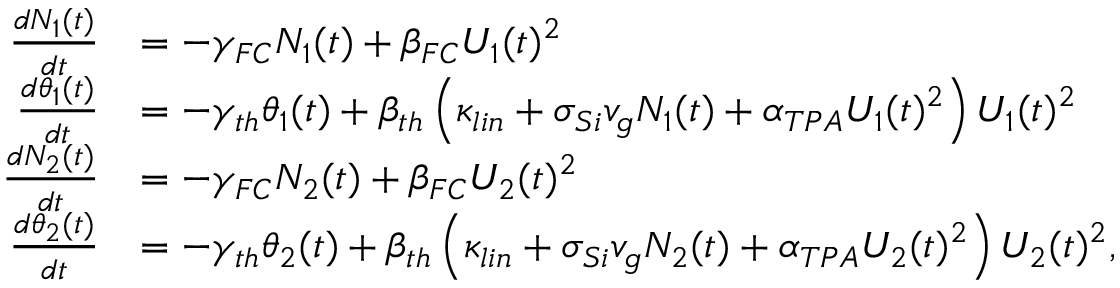
\begin{array} { r l } { \frac { d N _ { 1 } ( t ) } { d t } } & { = - \gamma _ { F C } N _ { 1 } ( t ) + \beta _ { F C } U _ { 1 } ( t ) ^ { 2 } } \\ { \frac { d \theta _ { 1 } ( t ) } { d t } } & { = - \gamma _ { t h } \theta _ { 1 } ( t ) + \beta _ { t h } \left( \kappa _ { l i n } + \sigma _ { S i } v _ { g } N _ { 1 } ( t ) + \alpha _ { T P A } U _ { 1 } ( t ) ^ { 2 } \right) U _ { 1 } ( t ) ^ { 2 } } \\ { \frac { d N _ { 2 } ( t ) } { d t } } & { = - \gamma _ { F C } N _ { 2 } ( t ) + \beta _ { F C } U _ { 2 } ( t ) ^ { 2 } } \\ { \frac { d \theta _ { 2 } ( t ) } { d t } } & { = - \gamma _ { t h } \theta _ { 2 } ( t ) + \beta _ { t h } \left( \kappa _ { l i n } + \sigma _ { S i } v _ { g } N _ { 2 } ( t ) + \alpha _ { T P A } U _ { 2 } ( t ) ^ { 2 } \right) U _ { 2 } ( t ) ^ { 2 } , } \end{array}